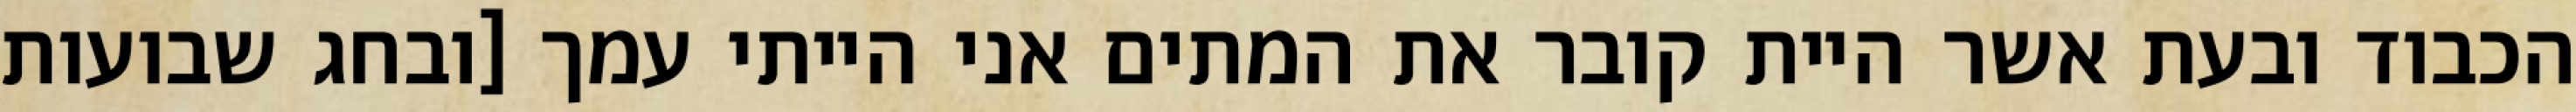
הכבוד ובעת אשר היית קובר את המתים אני הייתי עמך [ובחג שבועות